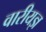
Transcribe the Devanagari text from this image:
वारीयज्ञ